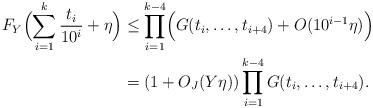
LaTeX: \begin{align*}F_Y\Bigl(\sum_{i=1}^{k}\frac{t_i}{10^i}+\eta\Bigr)&\le\prod_{i=1}^{k-4}\Bigl( G(t_i,\dots,t_{i+4})+O(10^{i-1}\eta) \Bigr)\\&=(1+O_J(Y\eta))\prod_{i=1}^{k-4} G(t_i,\dots,t_{i+4}).\end{align*}